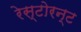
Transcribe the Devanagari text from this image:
रेस्टोरन्ट